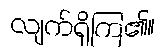
လျက်ရှိကြ၏။